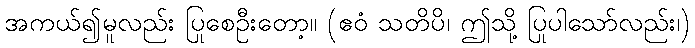
အကယ်၍မူလည်း ပြုစေဦးတော့။ (ဧဝံ သတိပိ၊ ဤသို့ ပြုပါသော်လည်း၊)